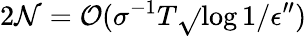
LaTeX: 2\mathcal{N}={\mathcal{O}}(\sigma^{-1}T\sqrt{}{{\log{1/\epsilon^{\prime\prime}}}})